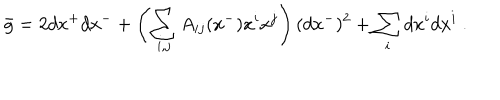
\bar { g } = 2 d x ^ { + } d x ^ { - } + \left( \sum _ { i , j } A _ { i j } ( x ^ { - } ) x ^ { i } x ^ { j } \right) ( d x ^ { - } ) ^ { 2 } + \sum _ { i } d x ^ { i } d x ^ { i } ~ .